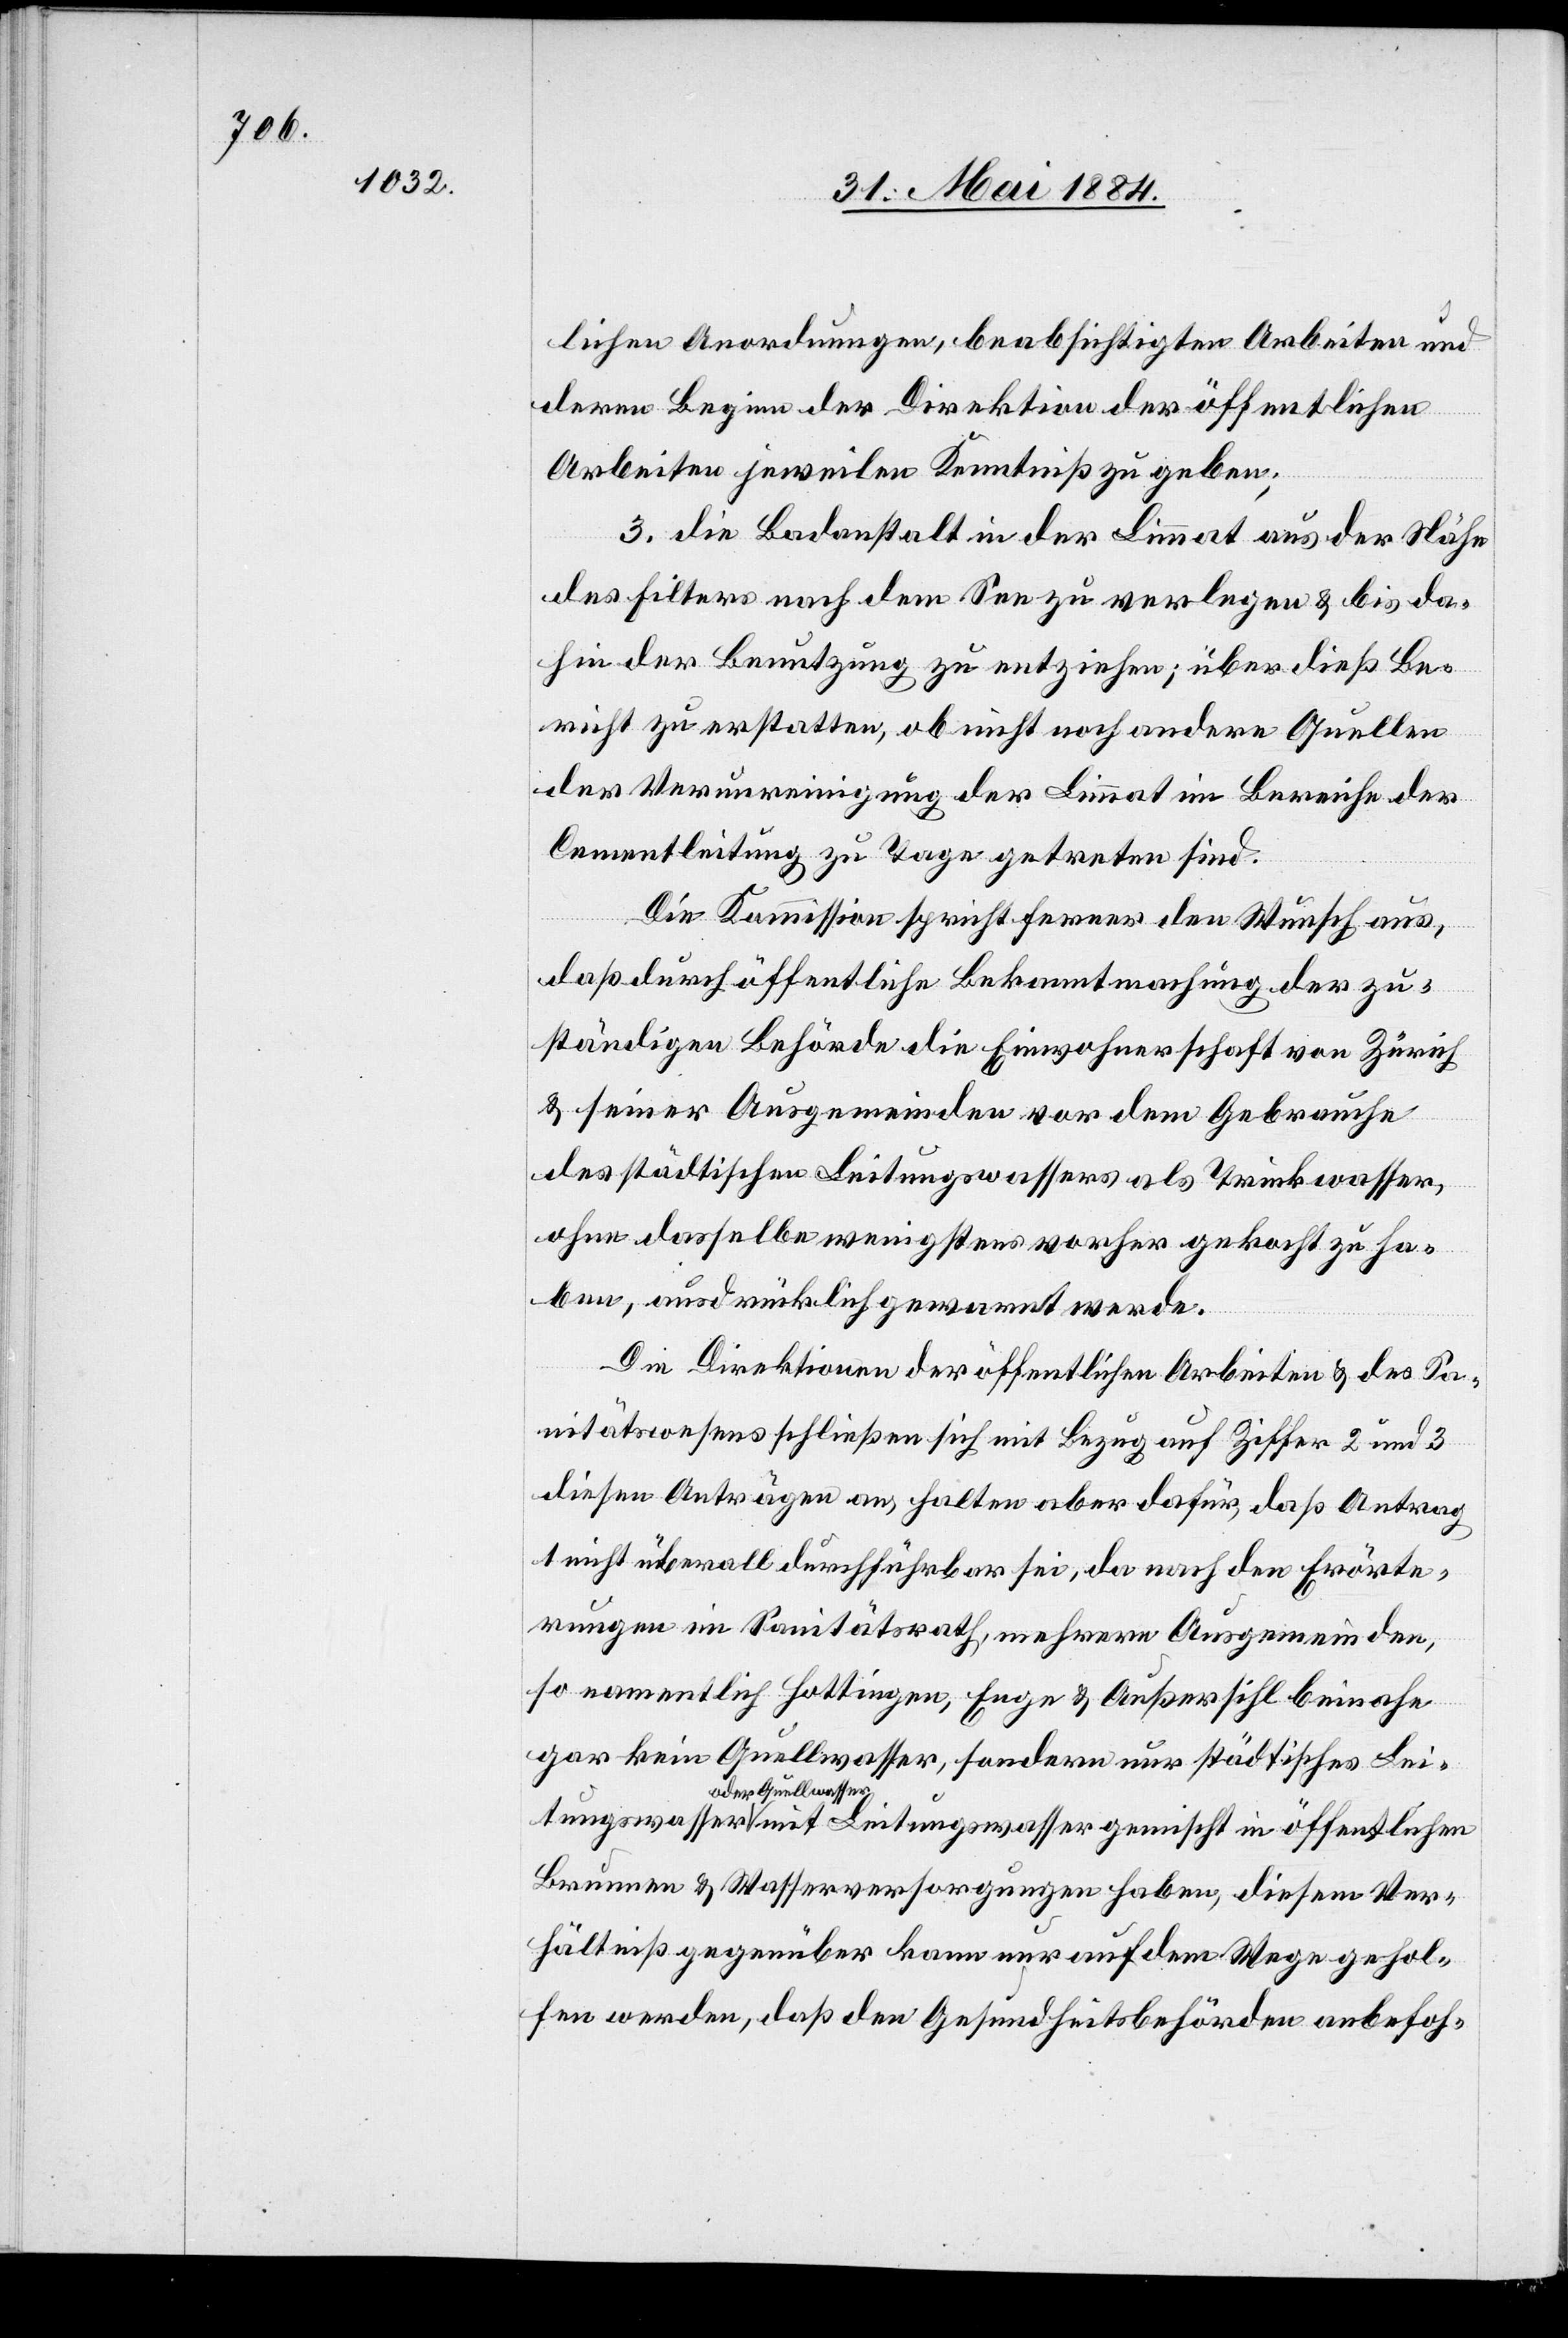
lichen Anordnungen, beabsichtigten Arbeiten und
deren Beginn der Direktion der öffentlichen
Arbeiten jeweilen Kenntniß zu geben.
3. die Badeanstalt in der Limmat aus der Nähe
des Filters nach dem See zu verlegen & bis da¬
hin der Benutzung zu entziehen; über dieß Be¬
richt zu erstatten, ob nicht noch andere Quellen
der Verunreinigung der Limmat im Bereiche der
Cementleitung zu Tage getreten sind.
in
Die Kommission spricht ferner den Wunsch aus,
daß durch öffentliche Bekanntmachung der zu¬
ständigen Behörde die Einwohnerschaft von Zürich
& seiner Ausgemeinden vor dem Gebrauche
des städtischen Leitungswassers als Trinkwasser,
ohne dasselbe wenigstens vorher gekocht zu ha¬
ben, ausdrücklich gewarnt werde.
Die Direktionen der öffentlichen Arbeiten & des Sa¬
nitätswesen schließen sich mit Bezug auf Ziffer 2 und 3
diesen Anträgen an, halten aber dafür, daß Antrag
1 nicht überall durchführbar sei, da nach den Erörte¬
rungen im Sanitätsrath, mehrere Ausgemeinden,
so namentlich Hottingen, Enge & Außersihl beinahe
gar kein Quellwasser, sondern nur städtisches Lei¬
oder Quellwasser
Brunnen & Wasserversorgungen haben, diesem Ver¬
hältniß gegenüber kann nur auf dem Wege gehol¬
fen werde, daß den Gesundheitsbehörden anbefoh-